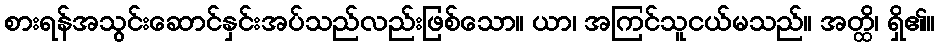
စားရန်အသွင်းဆောင်နှင်းအပ်သည်လည်းဖြစ်သော။ ယာ၊ အကြင်သူငယ်မသည်။ အတ္ထိ၊ ရှိ၏။